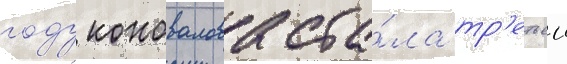
году коновалова ста́ла тр'етьеи